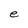
Character: e